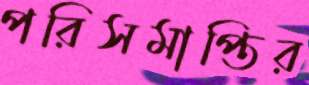
পরিসমাপ্তির